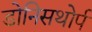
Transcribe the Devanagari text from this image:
डोनिसथोर्प